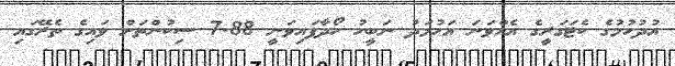
އުދުހުމުގެ ކެޓަގަރީގެ އެއްވަނަ އަހުމަދު ނަބީހު ހޯދާފައިވަނީ 7.88 ސިކުންތަށް ވައިގެ ތެރޭގައި